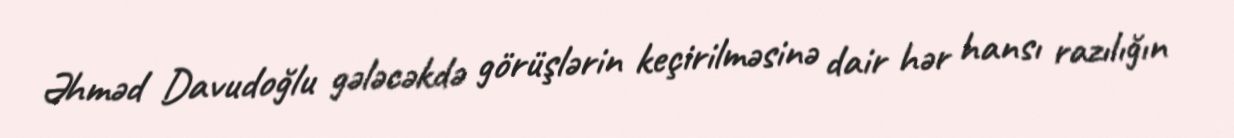
Əhməd Davudoğlu gələcəkdə görüşlərin keçirilməsinə dair hər hansı razılığın